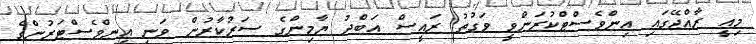
މިއީ ރާއްޖޭގައި އިންވެސްޓްކުރަންވީ ވަގުތު ރައީސް އަބްދު ޔާމިންގެ ސަރުކާރުން ވަނީ އިންވެސްޓަރުންގެ